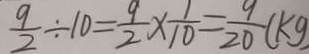
\frac { 9 } { 2 } \div 1 0 = \frac { 9 } { 2 } \times \frac { 1 } { 1 0 } = \frac { 9 } { 2 0 } ( k g